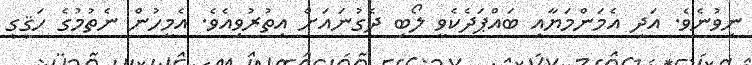
ނިވުނެވެ. އަދި އެމަންމަޔާއި ބައްޕަދެކެވީ ލޯބި ދެގުނައަށް އިތުރުވިއެވެ. އެމީހުން ނެތުމުގެ ހަޤީގީ